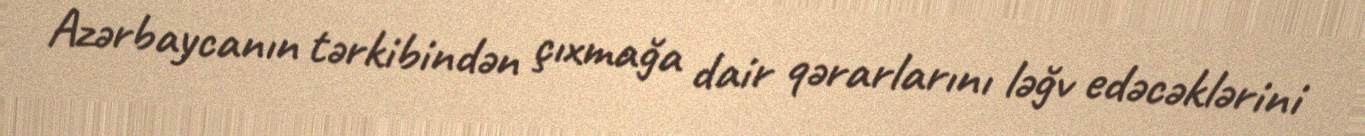
Azərbaycanın tərkibindən çıxmağa dair qərarlarını ləğv edəcəklərini